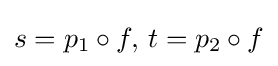
s=p_{1}\circ f,\,t=p_{2}\circ f